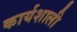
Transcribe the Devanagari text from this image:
कार्यशाली